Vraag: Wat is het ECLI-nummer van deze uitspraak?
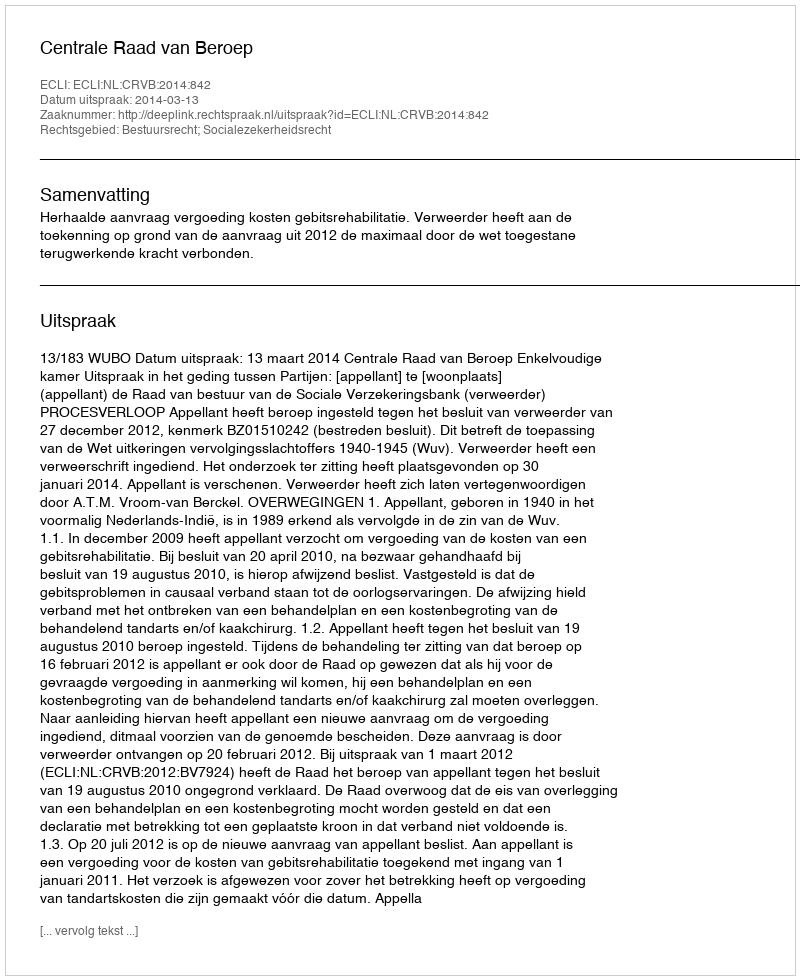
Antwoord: ECLI:NL:CRVB:2014:842